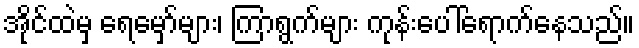
အိုင်ထဲမှ ရေမှော်များ၊ ကြာရွက်များ ကုန်းပေါ်ရောက်နေသည်။